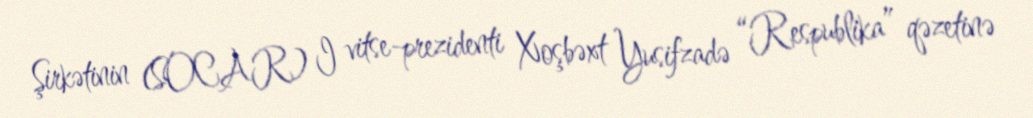
Şirkətinin (SOCAR) I vitse-prezidenti Xoşbəxt Yusifzadə “Respublika” qəzetinə